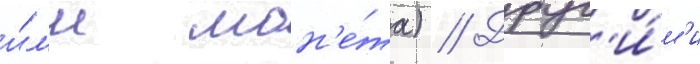
и́л'и мон'е́та) // Друг'и́м'и